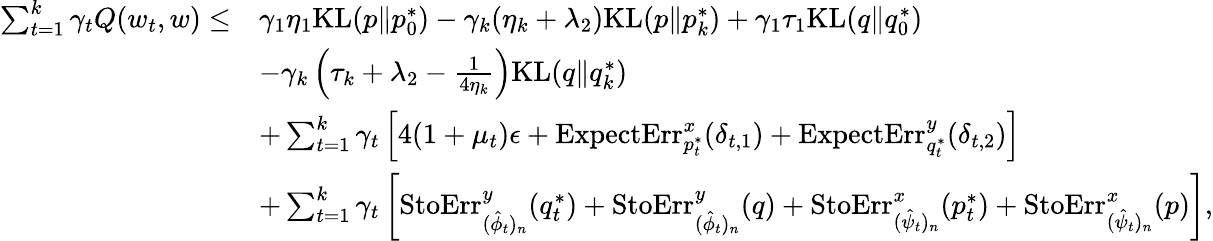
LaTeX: \begin{array}{rl}{\sum_{t=1}^{k}\gamma_{t}Q(w_{t},w)\leq}&{\gamma_{1}\eta_{1}\mathrm{KL}(p\| p_{0}^{*})-\gamma_{k}(\eta_{k}+\lambda_{2})\mathrm{KL}(p\| p_{k}^{*})+\gamma_{1}\tau_{1}\mathrm{KL}(q\| q_{0}^{*})}\\ &{-\gamma_{k}\left(\tau_{k}+\lambda_{2}-\frac{1}{4\eta_{k}}\right)\mathrm{KL}(q\| q_{k}^{*})}\\ &{+\sum_{t=1}^{k}\gamma_{t}\left[4(1+\mu_{t})\epsilon+\mathrm{ExpectErr}_{p_{t}^{*}}^{x}(\delta_{t,1})+\mathrm{ExpectErr}_{q_{t}^{*}}^{y}(\delta_{t,2})\right]}\\ &{+\sum_{t=1}^{k}\gamma_{t}\left[\mathrm{StoErr}_{(\hat{\phi}_{t})_{n}}^{y}(q_{t}^{*})+\mathrm{StoErr}_{(\hat{\phi}_{t})_{n}}^{y}(q)+\mathrm{StoErr}_{(\hat{\psi}_{t})_{n}}^{x}(p_{t}^{*})+\mathrm{StoErr}_{(\hat{\psi}_{t})_{n}}^{x}(p)\right],}\end{array}